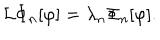
{ \cal L } \Phi _ { n } [ \varphi ] = \lambda _ { n } \Phi _ { n } [ \varphi ] .